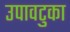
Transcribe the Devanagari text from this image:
उपावटुका